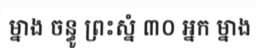
ម្នាង ចន្ធូ ព្រះស្នំ ៣០ អ្នក ម្នាង